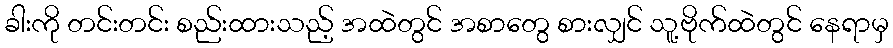
ခါးကို တင်းတင်း စည်းထားသည့် အထဲတွင် အစာတွေ စားလျှင် သူ့ဗိုက်ထဲတွင် နေရာမှ